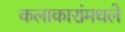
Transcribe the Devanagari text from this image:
कलाकारांमधले